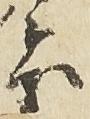
慶